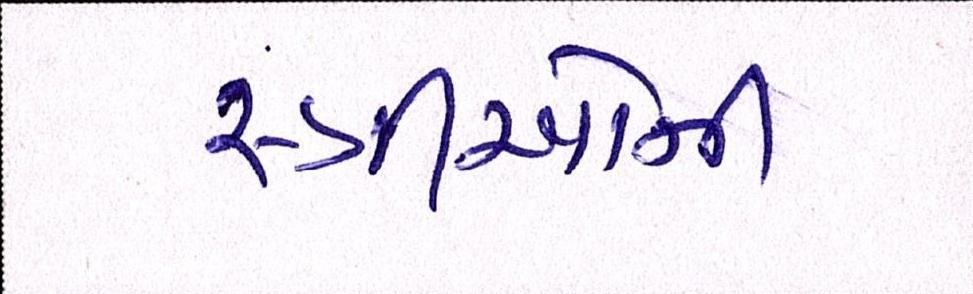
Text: સ્ત્રીઓની